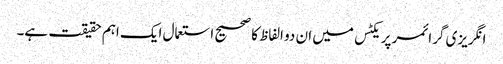
انگریزی گرائمر پریکٹس میں ان دو الفاظ کا صحیح استعمال ایک اہم حقیقت ہے۔